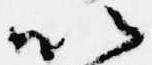
以